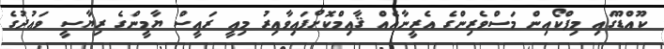
ކޫއްޑޫގައި މިފްކޯއިން މަސްވެރިންގެ އެރީނާއެއް ޤާއިމްކޮށްފައިވާއިރު މިއީ ރައީސް ޔާމީންގެ ރިޔާސީ ވަޢުދުގެ